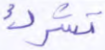
تشرك